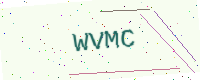
Text: WVMC